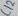
Text: C12